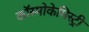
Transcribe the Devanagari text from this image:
कॉस्मोकेमिस्ट्री